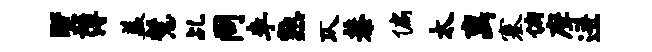
墅薄盖慧乩同李熟仄恭偏太离塞俯摩迸